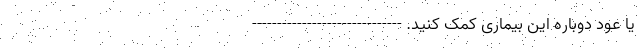
یا عود دوباره این بیماری کمک کنید. ------------------------------